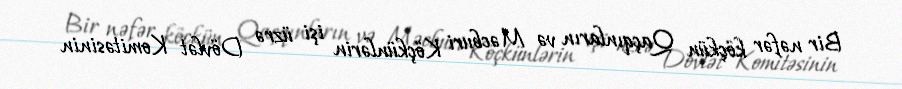
Bir nəfər köçkün Qaçqınların və Məcburi Köçkünlərin işi üzrə Dövlət Komitəsinin